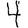
Digit: 4